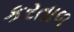
કરતાળ